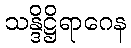
သန္ဒိဋ္ဌိရာဂေန